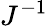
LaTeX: J^{-1}